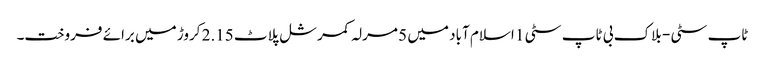
ٹاپ سٹی - بلاک بی ٹاپ سٹی 1 اسلام آباد میں 5 مرلہ کمرشل پلاٹ 2.15 کروڑ میں برائے فروخت۔